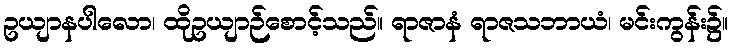
ဥယျာနပါလော၊ ထိုဥယျာဉ်စောင့်သည်။ ရာဇာနံ ရာဇသဘာယံ၊ မင်းကွန်း၌။